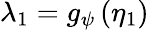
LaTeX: \lambda_{1}=g_{\psi}\left(\eta_{1}\right)